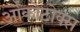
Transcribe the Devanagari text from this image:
ओकोटोक्स